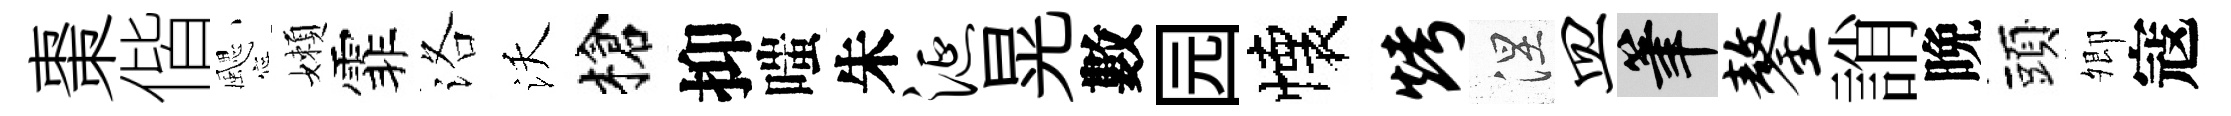
棗偕颸嬾霏洛沃槍抑嗤朱涎晃數园懐烤涅皿筆鏊誚晩頭𡖖寇